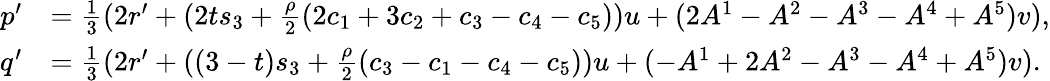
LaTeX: \begin{array}{rl}{p^{\prime}}&{=\frac{1}{3}(2r^{\prime}+(2ts_{3}+\frac{\rho}{2}(2c_{1}+3c_{2}+c_{3}-c_{4}-c_{5}))u+(2A^{1}-A^{2}-A^{3}-A^{4}+A^{5})v),}\\ {q^{\prime}}&{=\frac{1}{3}(2r^{\prime}+((3-t)s_{3}+\frac{\rho}{2}(c_{3}-c_{1}-c_{4}-c_{5}))u+(-A^{1}+2A^{2}-A^{3}-A^{4}+A^{5})v).}\end{array}